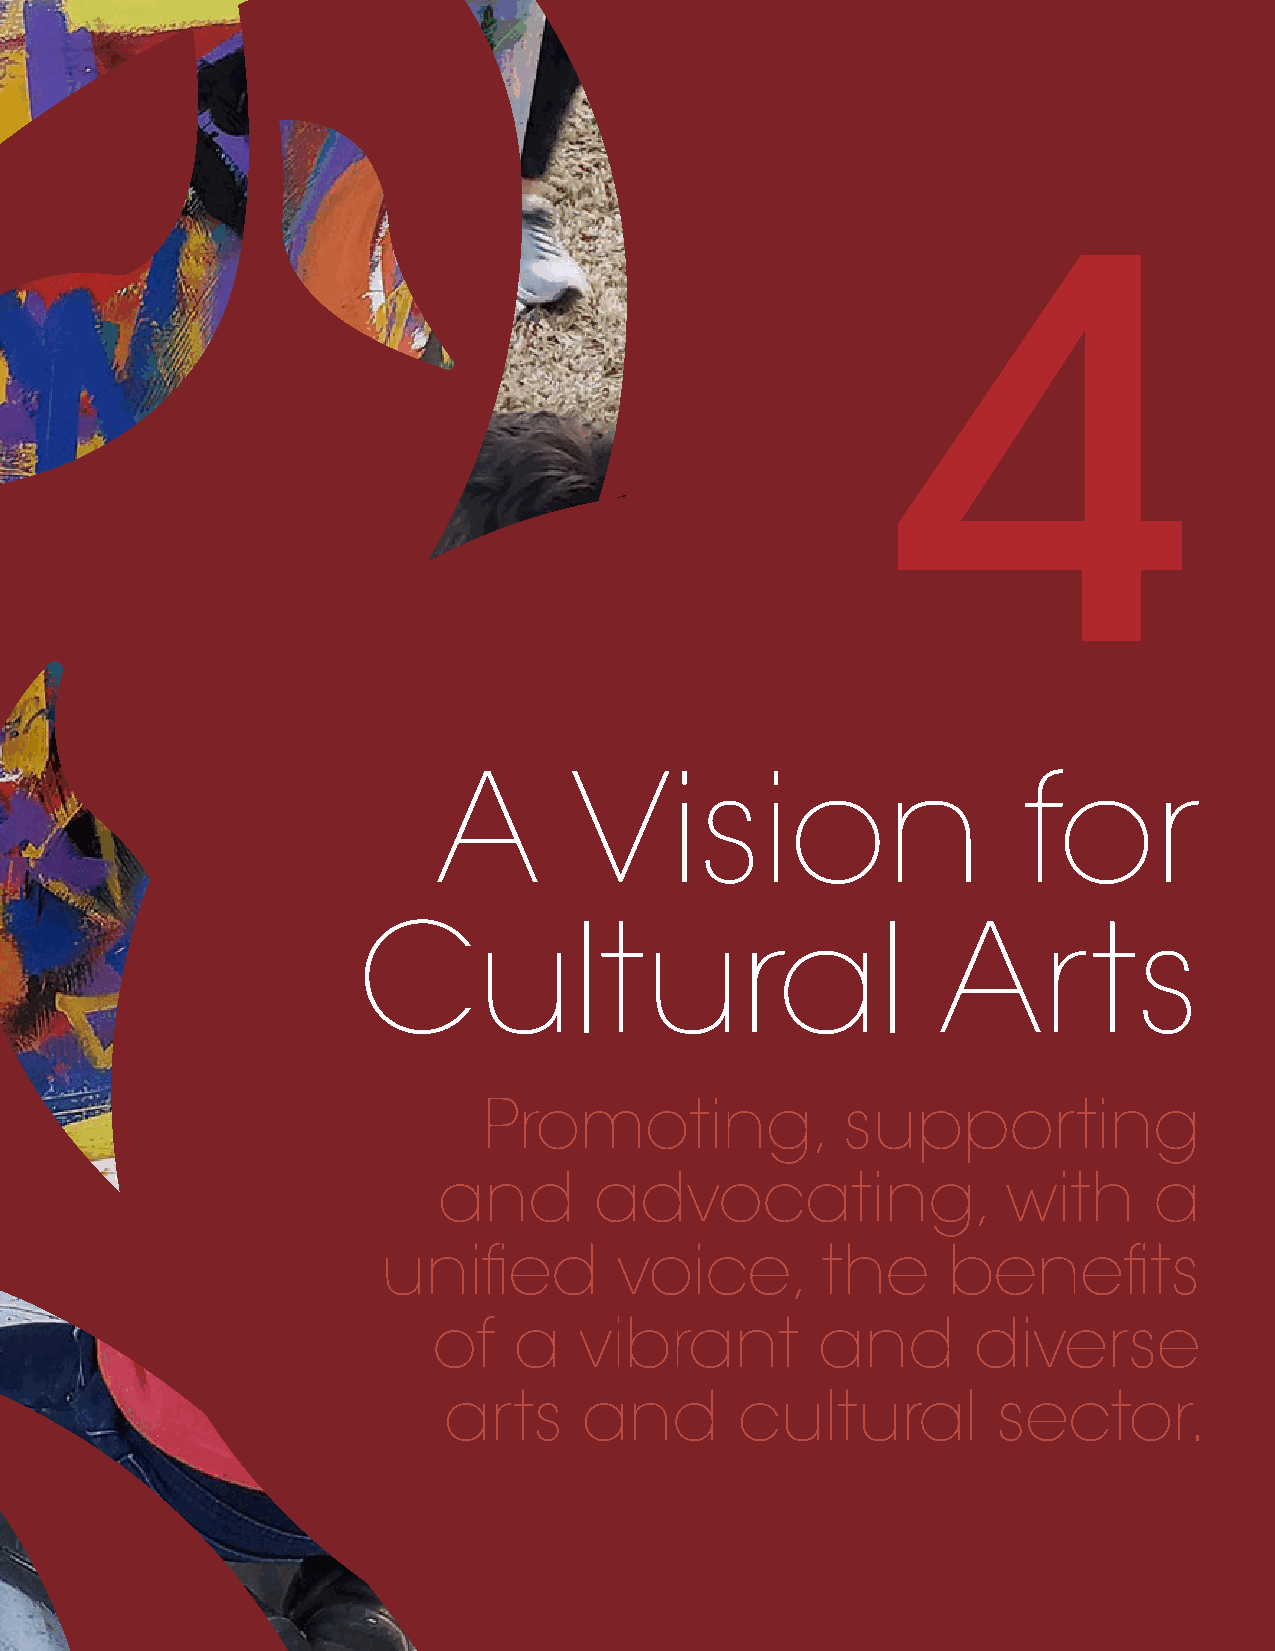
4
 A        Vision                        for
 Cultural                              Arts
 Promoting,              supporting
 and       advocating,                 with     a
 unified         voice,       the      benefits
 of   a   vibrant         and       diverse
 arts      and       cultural         sector.